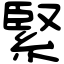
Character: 緊